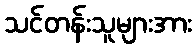
သင်တန်းသူများအား